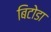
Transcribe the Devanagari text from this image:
बिटोडा